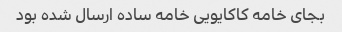
بجای خامه کاکایویی خامه ساده ارسال شده بود